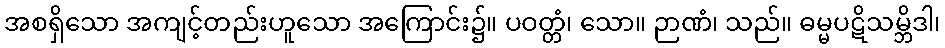
အစရှိသော အကျင့်တည်းဟူသော အကြောင်း၌။ ပဝတ္တံ၊ သော။ ဉာဏံ၊ သည်။ ဓမ္မပဋိသမ္ဘိဒါ၊